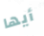
أيها